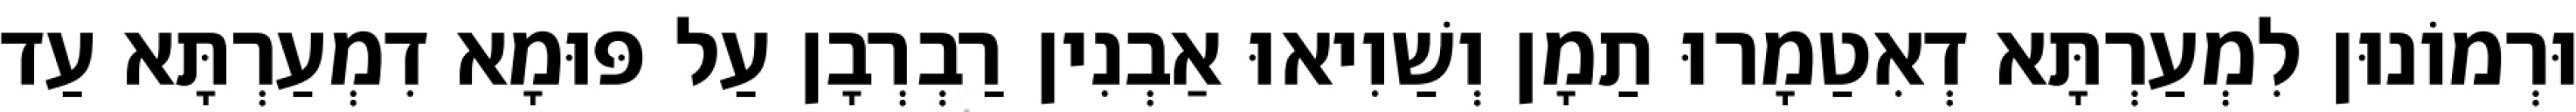
וּרְמוֹנוּן לִמְעַרְתָּא דְאִטַמָרוּ תַמָן וְשַׁוִיאוּ אַבְנִין רַבְרְבָן עַל פּוּמָא דִמְעַרְתָּא עַד